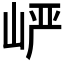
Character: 𪨷